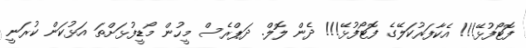
ފޮޓޯފުޅޭ!!! އެކާފަރުކަލޭގެ ފޮޓޯފުޅޭ!!! ދެން ލޮލް. ދަޕްރެސް މީހުން މޯޑީފުޅަށްތަ އަޅުކަން ކުރަނީ